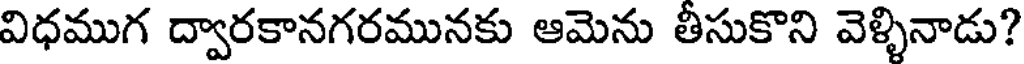
విధముగ ద్వారకానగరమునకు ఆమెను తీసుకొని వెళ్ళినాడు?